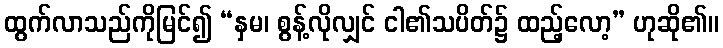
ထွက်လာသည်ကိုမြင်၍ “နှမ၊ စွန့်လိုလျှင် ငါ၏သပိတ်၌ ထည့်လော့” ဟုဆို၏။